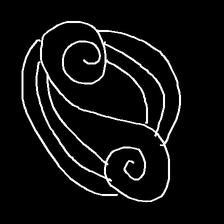
Glyph: wind-underfoot